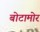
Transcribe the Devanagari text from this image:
बोटामोर